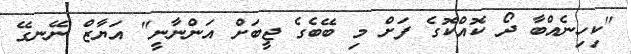
"ކިހިނެއްބާ ދޯ ކޮއްކޮގެ ފަށް މި ބޭބެގެ ޖީބަށް އަންނާނީ" އަޔާޒް ނޭނގޭ